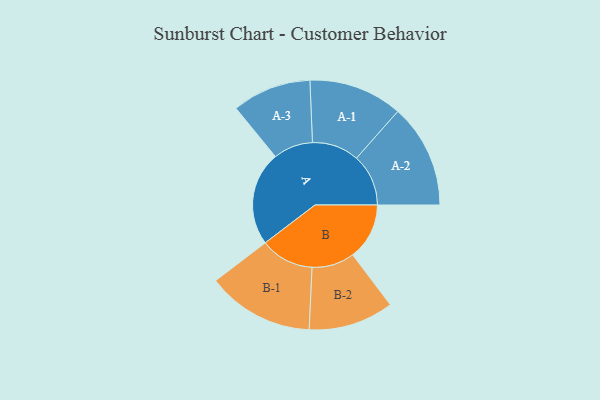
{"axis": {"x": "Segment", "y": "Value"}, "legend": ["", "A", "B"], "data": [{"x": "A", "y": 281, "type": ""}, {"x": "B", "y": 169, "type": ""}, {"x": "A-1", "y": 140, "type": "A"}, {"x": "A-2", "y": 155, "type": "A"}, {"x": "A-3", "y": 118, "type": "A"}, {"x": "B-1", "y": 160, "type": "B"}, {"x": "B-2", "y": 127, "type": "B"}]}